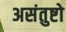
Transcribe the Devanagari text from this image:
असंतुष्टो